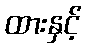
ထားနှင့်